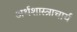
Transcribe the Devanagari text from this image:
अर्थशास्त्राचार्य